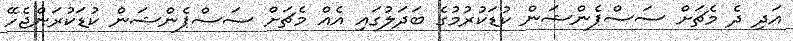
އަދި ދެ މެޗަށް ސަސްޕެންޝަން ކުޑަކުރުމުގެ ބަދަލުގައި އެއް މެޗަށް ސަސްޕެންޝަން ކުޑަކުރަންޖެހޭ